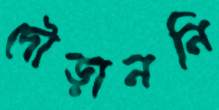
দৌড়াননি